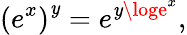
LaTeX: \left(e^{x}\right)^{\mathit{y}}=e^{\mathit{y}\loge^{x}},